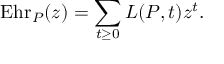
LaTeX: \operatorname { E h r } _ { P } ( z ) = \sum _ { t \geq 0 } L ( P , t ) z ^ { t } .